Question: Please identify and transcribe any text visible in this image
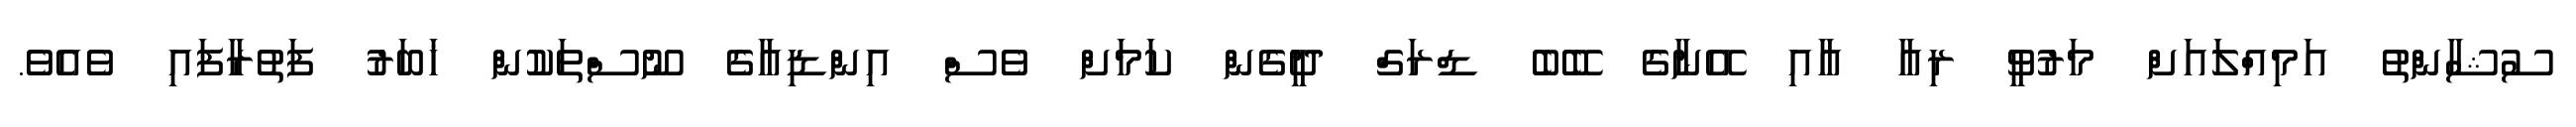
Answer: ސުޝާންތު އަމިއްލައަށް މަރުވީ ރިއާ އާއި އޭނާގެ ބޭބެ ޑްރަގް ދީގެން ކަމަށް ވެސް އިންޑިއާގެ ނޫސްތަކުން ޚަބަރު ފަތުރާފައި ވެއެވެ.